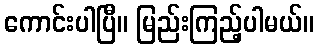
ကောင်းပါပြီ။ မြည်းကြည့်ပါမယ်။